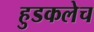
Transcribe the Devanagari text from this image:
हुडकलेच